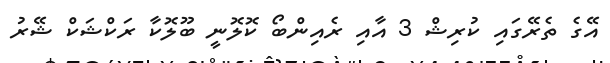
އޭގެ ތެރޭގައި ކުރިޝް 3 އާއި ރެއިންބޯ ކޮލޮނީ ބޫލޮކާ ރަކްޝަކް ޝޭރު